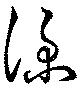
僕